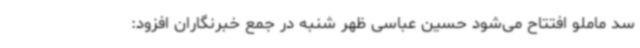
سد ماملو افتتاح می‌شود حسین عباسی ظهر شنبه در جمع خبرنگاران افزود: